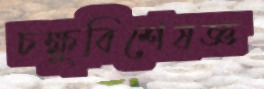
চক্ষুবিশেষজ্ঞ